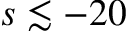
s \lesssim - 2 0